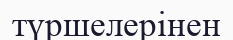
түршелерінен